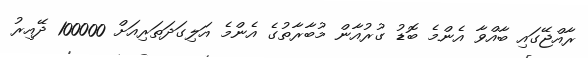
ރާއްޖޭގައި ބާއްްވާ އެންމެ ބޮޑު ގުރުއާން މުބާރާތުގެ އެންމެ އަލިގަދަތަރިއަށް 100000 ދޭއިރު